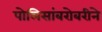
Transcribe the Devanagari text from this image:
पोलिसांबरोबरीने